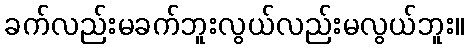
ခက်လည်းမခက်ဘူးလွယ်လည်းမလွယ်ဘူး။